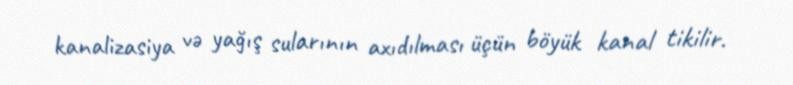
kanalizasiya və yağış sularının axıdılması üçün böyük kanal tikilir.